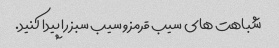
شباهت های سیب قرمز و سیب سبز را پیدا کنید.